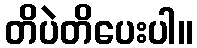
တိပဲတိပေးပါ။